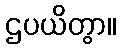
ဌပယိတွာ။